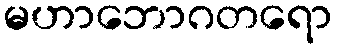
မဟာဘောဂတရော